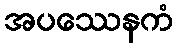
အပဿေနကံ